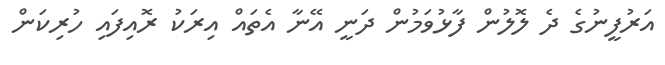
އަރުފީނުގެ ދެ ލޮލުން ފާޅުވަމުން ދަނީ އޭނާ އެތައް އިރަކު ރޮއިފައި ހުރިކަން